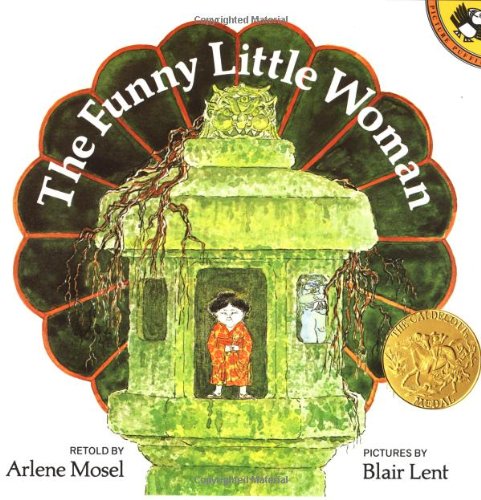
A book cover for The Funny Little Woman (Picture Puffins); Arlene Mosel; Children's Books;